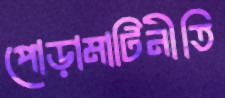
পোড়ামাটিনীতি